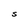
Character: S